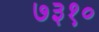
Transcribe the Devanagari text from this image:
७३१०